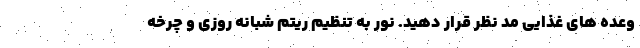
وعده های غذایی مد نظر قرار دهید. نور به تنظیم ریتم شبانه روزی و چرخه